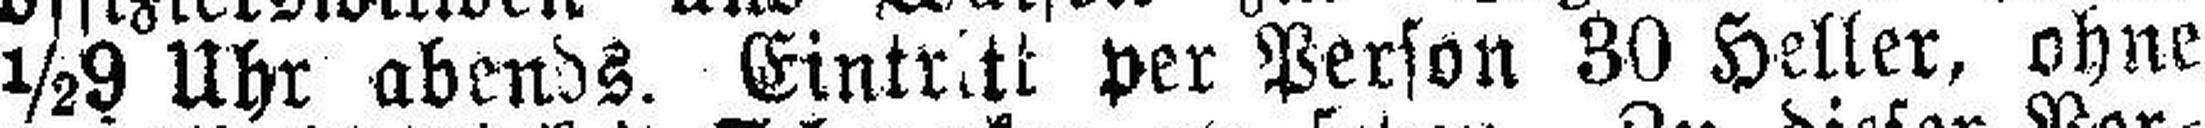
½9 Uhr abends. Eintritt per Person 30 Heller, ohne